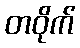
တဝိုက်